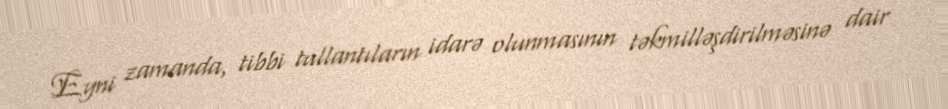
Eyni zamanda, tibbi tullantıların idarə olunmasının təkmilləşdirilməsinə dair